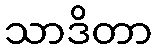
သာဒိတာ